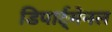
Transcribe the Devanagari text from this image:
डिपार्ट्मेनल